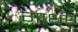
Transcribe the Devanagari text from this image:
गाधर